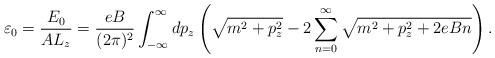
LaTeX: \begin{align*}\varepsilon_{0}=\frac{E_{0}}{AL_{z}}=\frac{eB}{(2\pi)^{2}}\int_{-\infty}^{\infty}dp_{z} \left(\sqrt{m^{2}+p_{z}^{2}}- 2\sum_{n=0}^{\infty}\sqrt{m^{2}+p_{z}^{2}+2eBn}\right).\end{align*}